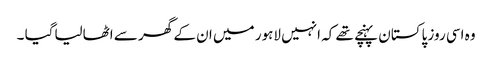
وہ اسی روز پاکستان پہنچے تھے کہ انہیں لاہور میں ان کے گھر سے اٹھالیاگیا ۔